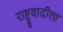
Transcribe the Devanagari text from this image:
राष्ट्रवादीला